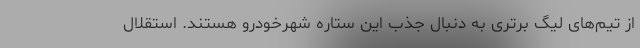
از تیم‌های لیگ برتری به دنبال جذب این ستاره شهرخودرو هستند. استقلال